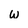
Character: w